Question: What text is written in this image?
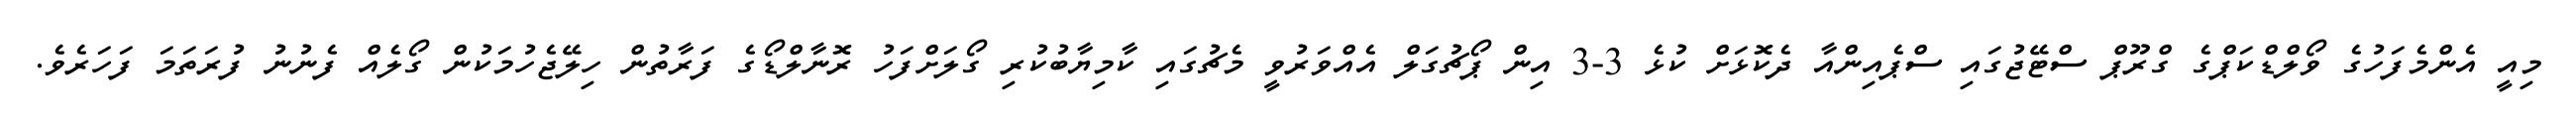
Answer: މިއީ އެންމެފަހުގެ ވޯލްޑްކަޕްގެ ގްރޫޕް ސްޓޭޖުގައި ސްޕެއިންއާ ދެކޮޅަށް ކުޅެ 3-3 އިން ޕޯޗުގަލް އެއްވަރުވީ މެޗުގައި ކާމިޔާބުކުރި ގޯލަށްފަހު ރޮނާލްޑޯގެ ފަރާތުން ހިލޭޖެހުމަކުން ގޯލެއް ފެނުނު ފުރަތަމަ ފަހަރެވެ.